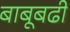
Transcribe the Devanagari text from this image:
बाबूबढी